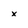
Character: x